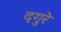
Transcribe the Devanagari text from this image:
दगुरे